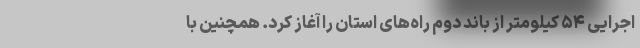
اجرایی ۵۴ کیلومتر از باند دوم راه‌های استان را آغاز کرد. همچنین با